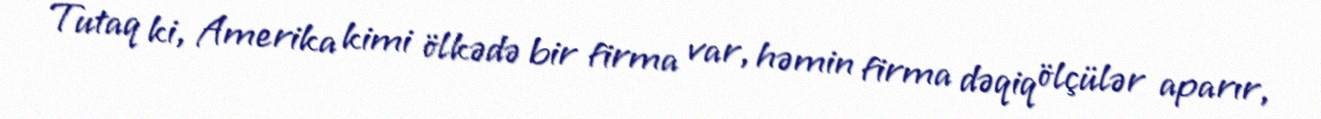
Tutaq ki, Amerika kimi ölkədə bir firma var, həmin firma dəqiq ölçülər aparır,